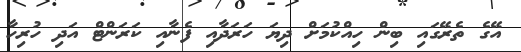
އޭގެ ތެރޭގައި ބިން ހިއްކުމަށް ދިޔަ ހަރަދާއި ފެނާއި ކަރަންޓް އަދި ހުރިހާ